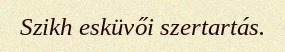
Szikh esküvői szertartás.